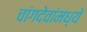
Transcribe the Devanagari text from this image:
चांगदेवांमध्ये